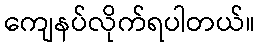
ကျေနပ်လိုက်ရပါတယ်။